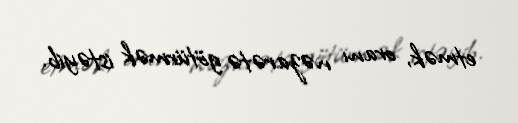
etmək, oranı nəzarətə götürmək istəyib.